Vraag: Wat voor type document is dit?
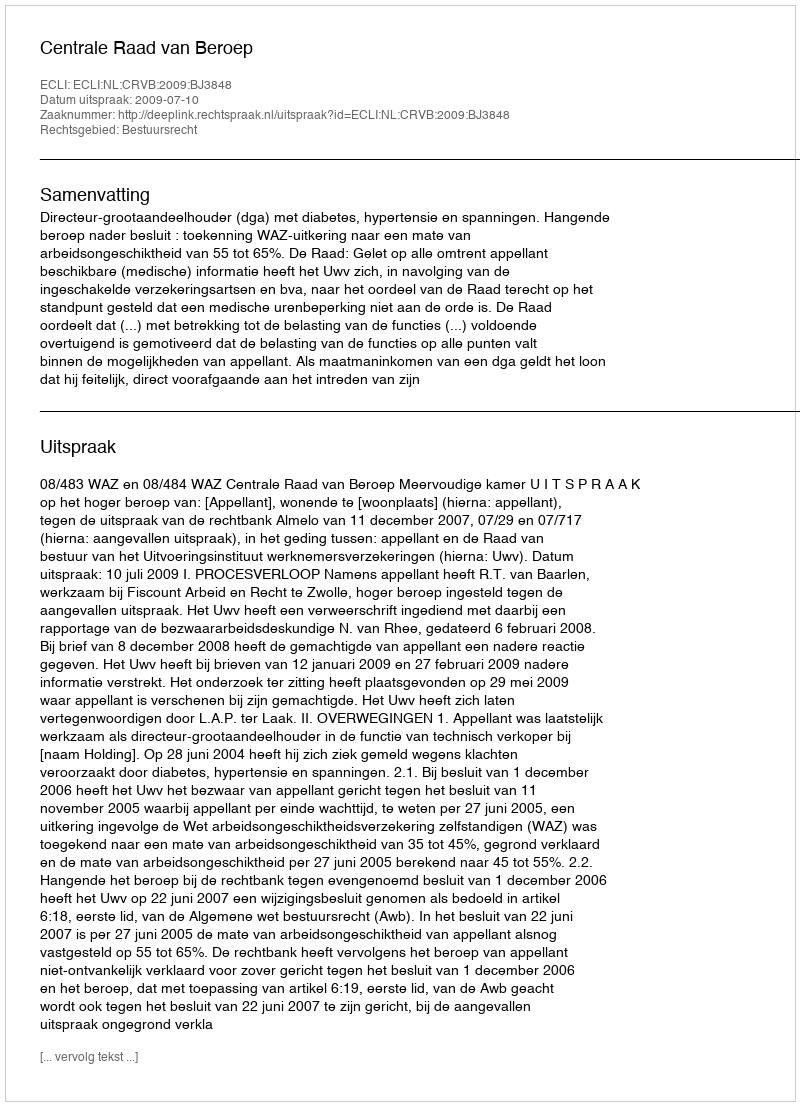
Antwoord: Uitspraak